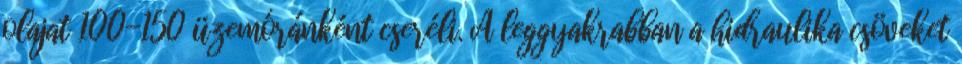
olajat 100-150 üzemóránként cseréli. A leggyakrabban a hidraulika csöveket